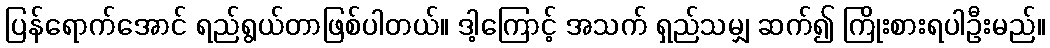
ပြန်ရောက်အောင် ရည်ရွယ်တာဖြစ်ပါတယ်။ ဒါ့ကြောင့် အသက် ရှည်သမျှ ဆက်၍ ကြိုးစားရပါဦးမည်။